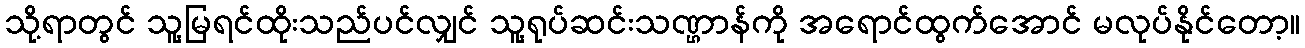
သို့ရာတွင် သူ့မြရင်ထိုးသည်ပင်လျှင် သူ့ရုပ်ဆင်းသဏ္ဌာန်ကို အရောင်ထွက်အောင် မလုပ်နိုင်တော့။